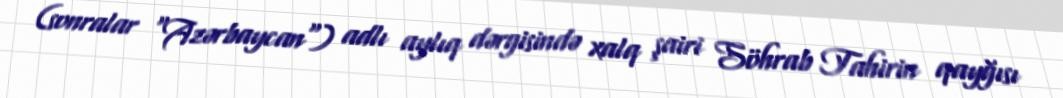
(sonralar "Azərbaycan") adlı aylıq dərgisində xalq şairi Söhrab Tahirin qayğısı